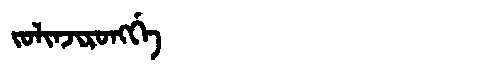
Manchu: ᠵᠣᠯᡳᠨᠵᡳᡵᠣᠩᡤᡝ
Romanization: JOLINJIRONGGE